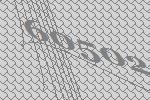
60502